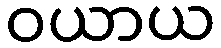
ဝယာယ